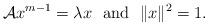
LaTeX: \begin{align*} \mathcal{A}x^{m-1}=\lambda x \ \ \mbox{and} \ \ \|x\|^2=1. \end{align*}